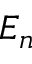
E _ { n }